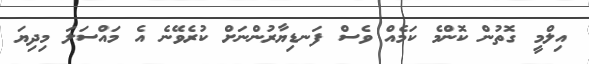
އިލްމީ ގޮތުން ކޮންމެ ކަމެއް ވެސް ފަނޑިޔާރުންނަށް ކުރެވޭނެ އެ މައްސަލަ މިދިޔަ